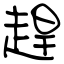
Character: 趕